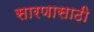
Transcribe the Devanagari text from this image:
सारणासाठी